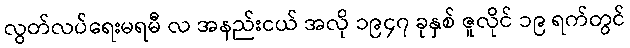
လွတ်လပ်ရေးမရမီ လ အနည်းငယ် အလို ၁၉၄၇ ခုနှစ် ဇူလိုင် ၁၉ ရက်တွင်